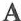
A